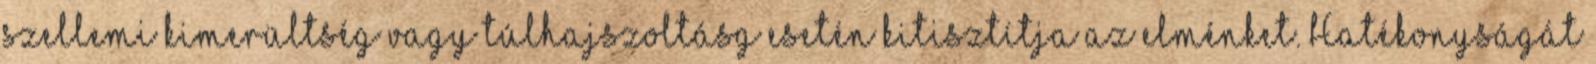
szellemi kimerültség vagy túlhajszoltásg esetén kitisztítja az elménket. Hatékonyságát